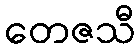
တေဇသီ